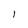
Character: l